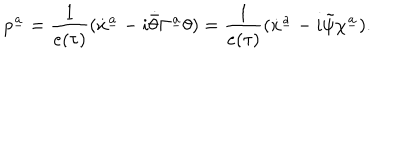
p ^ { \underline { { a } } } = { \frac { 1 } { e ( \tau ) } } ( \dot { x } ^ { \underline { { a } } } - i \dot { \bar { \theta } } \Gamma ^ { \underline { { a } } } \theta ) = { \frac { 1 } { e ( \tau ) } } ( \dot { x } ^ { \underline { { a } } } - i \tilde { \psi } \chi ^ { \underline { { a } } } ) .